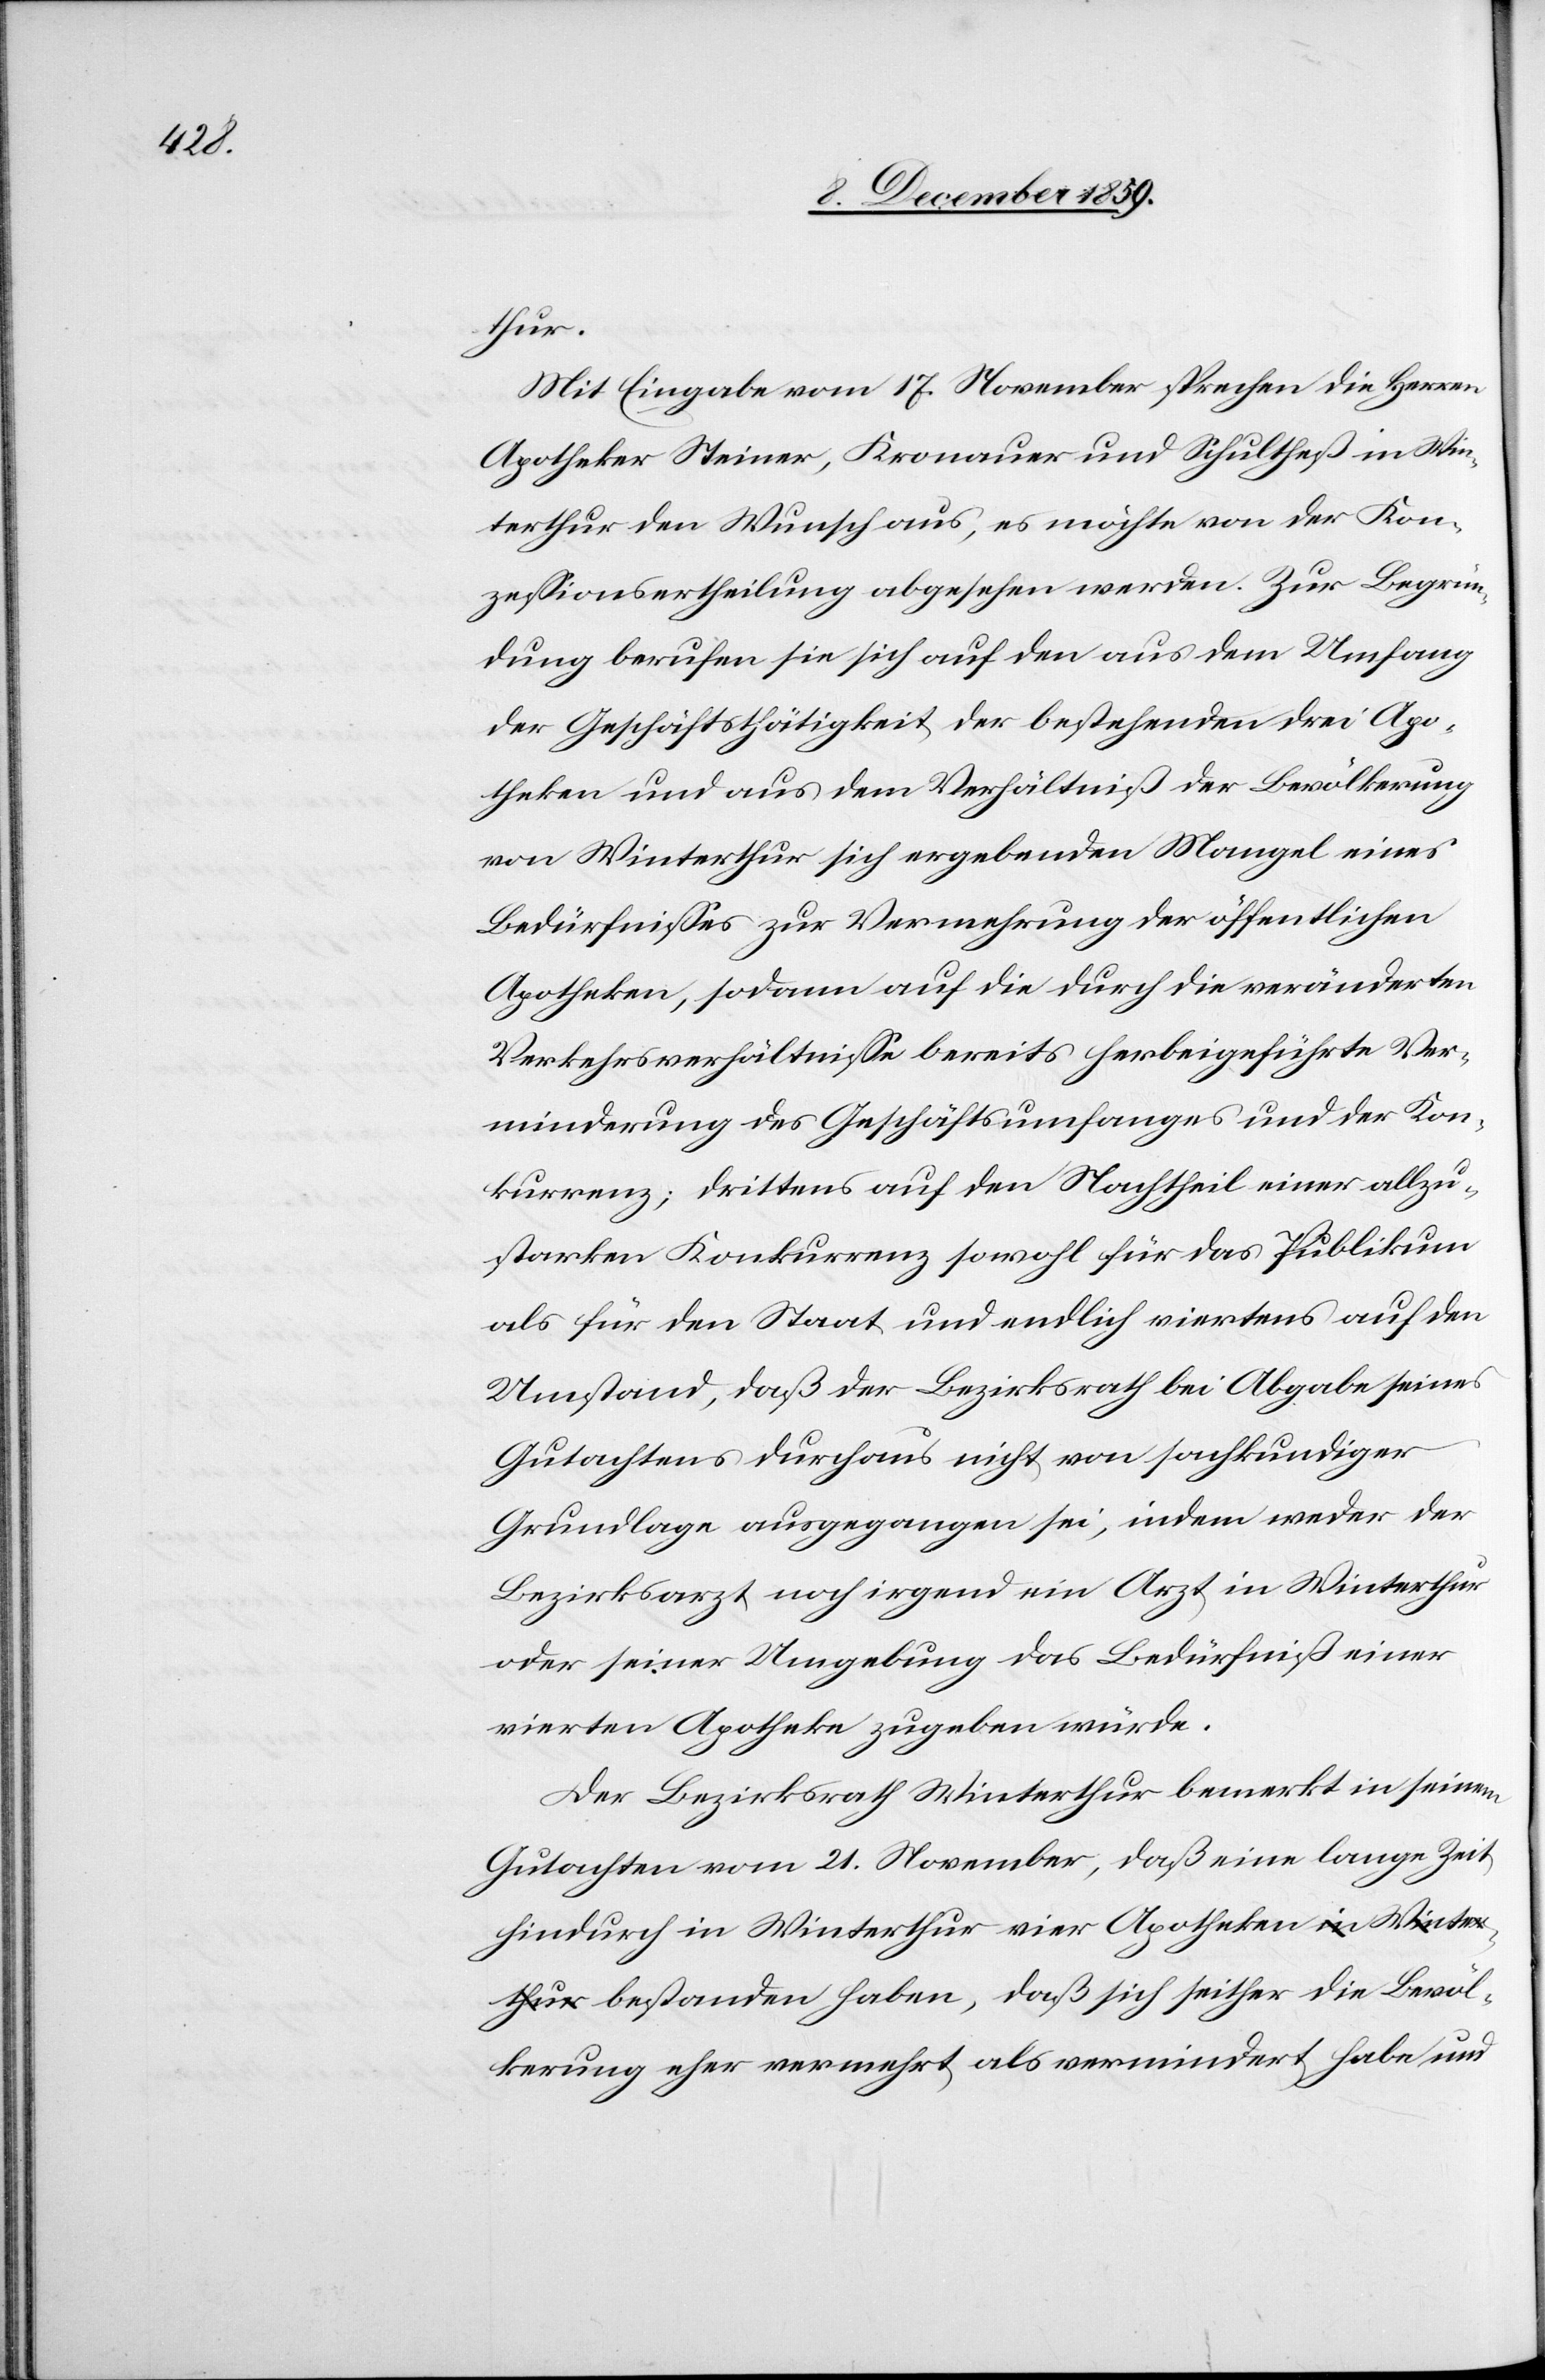
thur.
Mit Eingabe vom 17. November sprechen die Herren
Apotheker Steiner, Kronauer und Schultheß in Win¬
terthur den Wunsch aus, es möchte von der Kon¬
zessionsertheilung abgesehen werden. Zur Begrün¬
dung berufen sie sich auf den aus dem Umfang
der Geschäftstätigkeit der bestehenden drei Apo¬
theken und aus dem Verhältniß der Bevölkerung
von Winterthur sich ergebenden Mangel eines
Bedürfnisses zur Vermehrung der öffentlichen
Apotheken, sodann auf die durch die veränderten
Verkehrsverhältnisse bereits herbeigeführte Ver¬
minderung des Geschäftsumfanges und der Kon¬
kurrenz; drittens auf den Nachtheil einer allzu¬
starken Konkurrenz sowohl für das Publikum
als für den Staat und endlich viertens auf den
Umstand, daß der Bezirksrath bei Abgabe seines
Bevöl¬
Gutachtens durchaus nicht von sachkundiger
Grundlage ausgegangen sei, indem weder der
Bezirksarzt noch irgend eine Arzt in Winterthur
oder seiner Umgebung das Bedürfniß einer
vierten Apotheke zugeben würde.
Der Bezirksrath Winterthur bemerkt in seinem
Gutachten vom 21. November, daß eine lange Zeit
hindurch in Winterthur vier Apotheken bestanden
kerung eher vermehrt als vermindert habe und